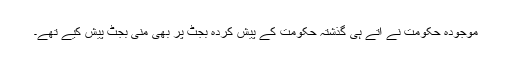
موجودہ حکومت نے آتے ہی گذشتہ حکومت کے پیش کردہ بجٹ پر بھی منی بجٹ پیش کیے تھے۔